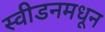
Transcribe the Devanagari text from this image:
स्वीडनमधून